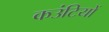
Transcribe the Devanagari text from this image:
कउंटियों